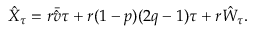
\hat { X } _ { \tau } = r \bar { \hat { v } } \tau + r ( 1 - p ) ( 2 q - 1 ) \tau + r \hat { W } _ { \tau } .